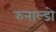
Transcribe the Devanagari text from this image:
रुनाल्डो